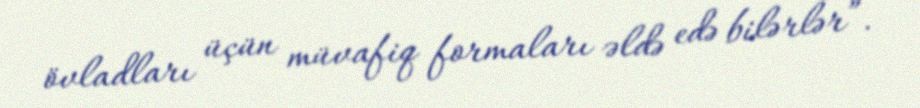
övladları üçün müvafiq formaları əldə edə bilərlər”.